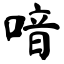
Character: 喑